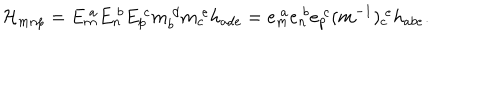
{ \cal H } _ { m n p } = E _ { m } ^ { \ a } E _ { n } ^ { \ b } E _ { p } ^ { \ c } m _ { b } ^ { \ d } m _ { c } ^ { \ e } h _ { a d e } = e _ { m } ^ { \ a } e _ { n } ^ { \ b } e _ { p } ^ { \ c } ( m ^ { - 1 } ) _ { c } ^ { \ e } h _ { a b e } .